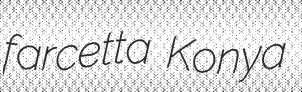
farcetta Konya